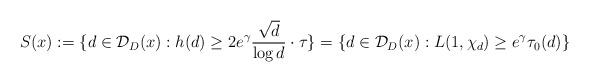
LaTeX: \begin{align*}S(x) := \lbrace d\in\mathcal{D}_D(x) : h(d) \geq 2 e^\gamma \frac{\sqrt{d}}{\log d} \cdot \tau \rbrace= \lbrace d\in\mathcal{D}_D(x) : L(1,\chi_d) \geq e^\gamma \tau_0(d) \rbrace\end{align*}